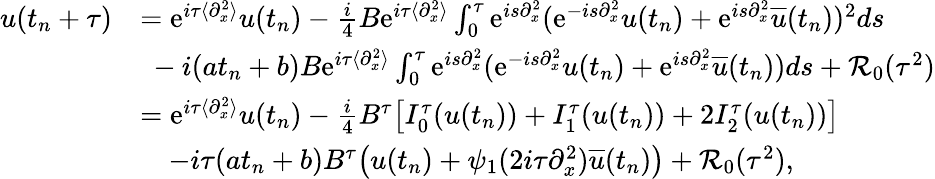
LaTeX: \begin{array}{rl}{u(t_{n}+\tau)}&{=\mathrm{e}^{i\tau\langle\partial_{x}^{2}\rangle}u(t_{n})-\frac{i}{4}B\mathrm{e}^{i\tau\langle\partial_{x}^{2}\rangle}\int_{0}^{\tau}\mathrm{e}^{is\partial_{x}^{2}}(\mathrm{e}^{-is\partial_{x}^{2}}u(t_{n})+\mathrm{e}^{is\partial_{x}^{2}}\overline{{u}}(t_{n}))^{2}ds}\\ &{\ -i(at_{n}+b)B\mathrm{e}^{i\tau\langle\partial_{x}^{2}\rangle}\int_{0}^{\tau}\mathrm{e}^{is\partial_{x}^{2}}(\mathrm{e}^{-is\partial_{x}^{2}}u(t_{n})+\mathrm{e}^{is\partial_{x}^{2}}\overline{{u}}(t_{n}))ds+\mathcal{R}_{0}(\tau^{2})}\\ &{=\mathrm{e}^{i\tau\langle\partial_{x}^{2}\rangle}u(t_{n})-\frac{i}{4}B^{\tau}\big[I_{0}^{\tau}(u(t_{n}))+I_{1}^{\tau}(u(t_{n}))+2I_{2}^{\tau}(u(t_{n}))\big]}\\ &{\quad-i\tau(at_{n}+b)B^{\tau}\big(u(t_{n})+\psi_{1}(2i\tau\partial_{x}^{2})\overline{{u}}(t_{n})\big)+\mathcal{R}_{0}(\tau^{2}),}\end{array}